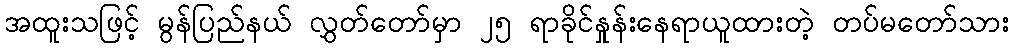
အထူးသဖြင့် မွန်ပြည်နယ် လွှတ်တော်မှာ ၂၅ ရာခိုင်နှုန်းနေရာယူထားတဲ့ တပ်မတော်သား